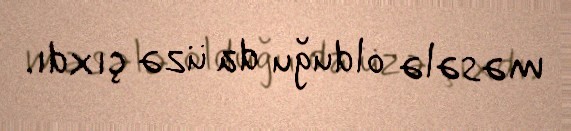
məsələ olduğu da üzə çıxdı.